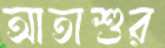
আতাশুর